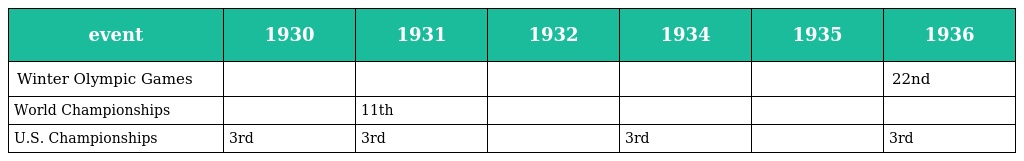
| event | 1930 | 1931 | 1932 | 1934 | 1935 | 1936 |
 | --- | --- | --- | --- | --- | --- | --- |
 | Winter Olympic Games |  |  |  |  |  | 22nd |
 | World Championships |  | 11th |  |  |  |  |
 | U.S. Championships | 3rd | 3rd |  | 3rd |  | 3rd |